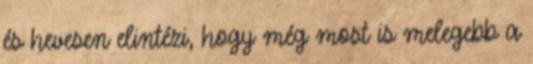
és hevesen elintézi, hogy még most is melegebb a